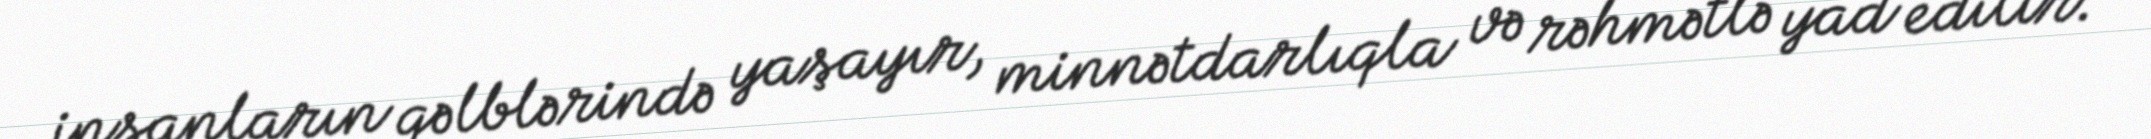
insanların qəlblərində yaşayır, minnətdarlıqla və rəhmətlə yad edilir.